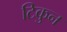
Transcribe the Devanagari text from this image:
टिकुन